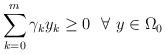
LaTeX: \begin{align*} \sum_{k=0}^{m} \gamma_{k}y_{k}\ge 0\ \ \forall\ y\in\Omega_{0}\end{align*}